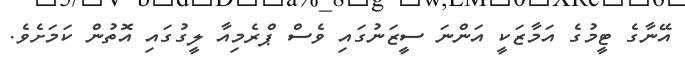
އޭނާގެ ޓީމުގެ އަމާޒަކީ އަންނަ ސީޒަނުގައި ވެސް ޕްރެމިއާ ލީގުގައި އޮތުން ކަމަށެވެ.